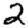
Digit: 2